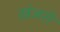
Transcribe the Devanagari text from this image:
ख़ंजरों